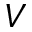
V